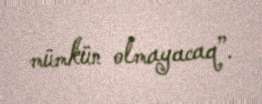
mümkün olmayacaq”.